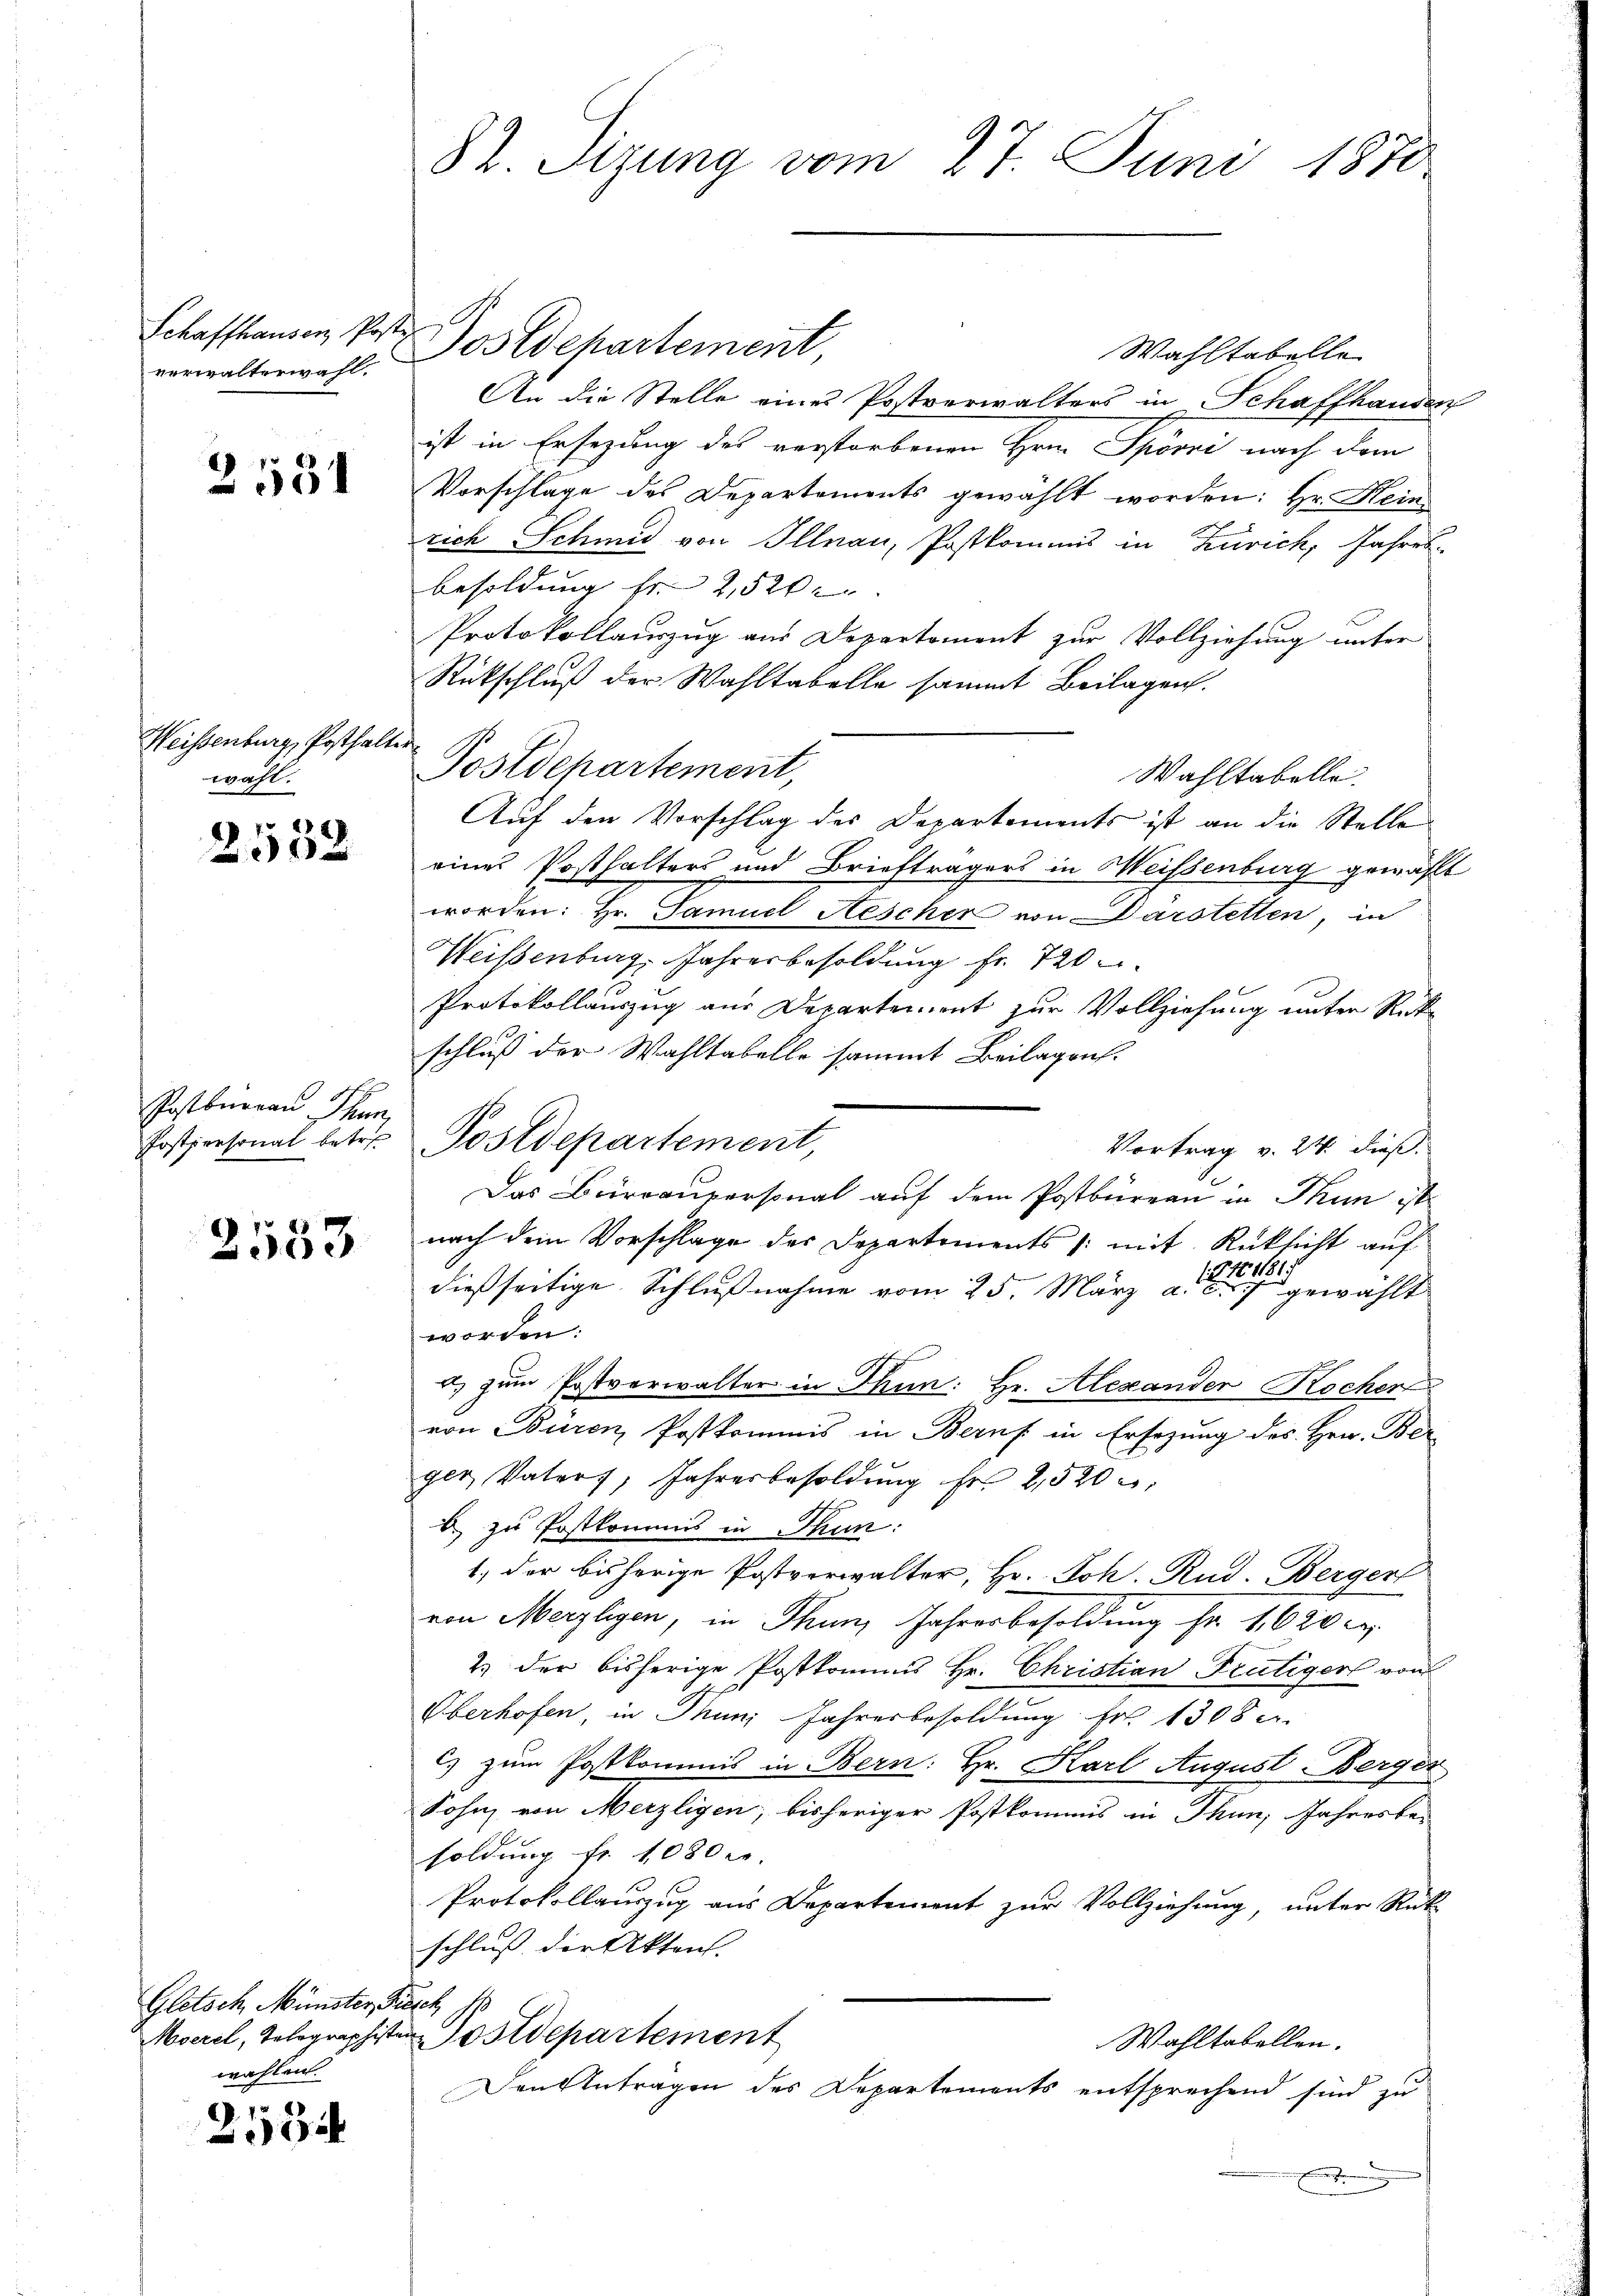
verwalterwahl.

2531

Weissenburg, Posthalter
wahl.

2552

Postbureau Thun,

2553

Gletsch, Münster Fasch s
wahlen.

92

Wahltabelle
An die Stelle eines Postverwalters in Schaffhanden
ist in Ersezung des verstorbenen Hrn. Spörri nach dem
Vorschlage des Departements gewählt worden: Hr. Hein
rich Schmid von Illnau, Postkommis in Zürich, Jahres-
Besoldung fr. 2, 520
Protokollauszug aus Departement zur Vollziehung unter
Rückschluß der Wahltabelle sammt Beilagen.
Postdepartement,
Wahltabelle.
Auf den Vorschlag des Departements ist an die Stelle
eines Posthalters und Briefträgers in Weissenburg gewählt
worden: Hr. Samuel Aescher von Darstellen, in
Weisenburg, Jahresbesoldung fr. 720
Protokollauszug aus Departement zur Vollziehung unter Rück-
schluß der Wahltabelle sammt Beilagen.
Vortrag v. 24. dieß.
Das Beirpaupersonal auf dem Postbüreau in Thun ist
nach dem Vorschlage des Departements /: mit Rücksicht auf
dießseitige Schlußnahme vom 25. März 1816. 1181.
t gewählt
worden.
u. zum Postverwalter in Thun: Hr. Alexander Kocher
von Büren, Postkommis in Berns in Ersezung des Hrn. Ber-
ger, Vaters, Jahresbesoldung Fr. 2,520
b zu Postkommis in Thun:
1., der bisherige Postverwalter, Hr. Joh. Rud. Bergerl
von Merzligen, in Thun, Jahresbesoldung fr. 1620 c
2.) der bisherige Postkommis Hr. Christian Frutigers von
Oberhofen in Muni Jahresbesoldung Fr. 1308.
cs zum Postkommis in Bern: Hr. Karl August Berger
Sohn von Merzligen, bisheriger Postkommis in Thun; Jahresbe-
soldung fr. 1080 c.
Protokollauszug aus Departement zur Vollziehung, unter Rück-
schluß der Akten.
Morel, Tolographister Postdepartement
Wahltabellen.
Den Antragen des Departements entsprechend sind zu
.

82. Sizung vom 27. Juni 1870

Schaffhausen, Post. Postdepartement

Postpersonal betr. Postdepartement,